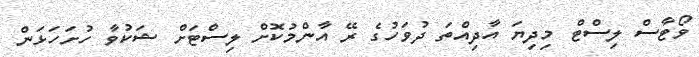
ވޯޓާސް ލިސްޓް މިދިޔަ އާދިއްތަ ދުވަހުގެ ރޭ އާންމުކޮށް ލިސްޓަށް ޝަކުވާ ހުށަހަޅަން